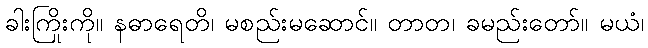
ခါးကြိုးကို။ နဓာရေတိ၊ မစည်းမဆောင်။ တာတ၊ ခမည်းတော်။ မယံ၊